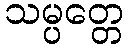
သမ္ပတ္တေ